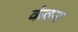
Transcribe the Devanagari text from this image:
कंवन